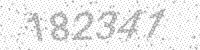
Solution: 182341